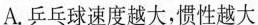
A.乒乓球速度越大，惯性越大